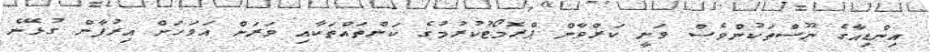
އިންޑިއާގެ ނޫސްތަކުންވެސް ވަނީ ކަރްވާން ޕްރޮމޯޓުކުރުމުގެ ކަންތައްތަކާއި ވަރަށް އަވަހަށް އިރުފާން ގުޅޭނެ